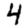
Digit: 4